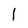
Character: l